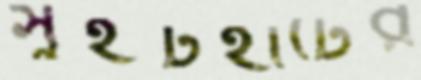
সুইটহার্টের